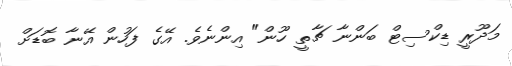
މަދޫރީ ޑިކްސިޓް ބަންނާ ޗާތީ ހޫން" އިންނެވެ. އޭގެ ފަހުން އޭނާ ބޮޑަށް